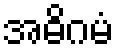
အဓိဂမံ